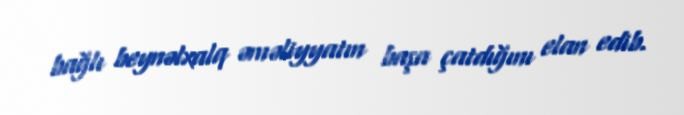
bağlı beynəlxalq əməliyyatın başa çatdığını elan edib.